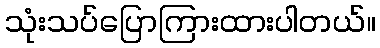
သုံးသပ်ပြောကြားထားပါတယ်။